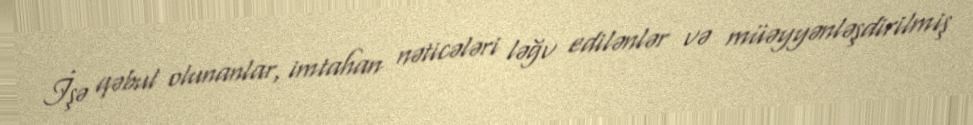
İşə qəbul olunanlar, imtahan nəticələri ləğv edilənlər və müəyyənləşdirilmiş